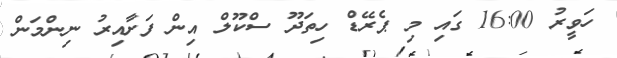
ހަވީރު 16:00 ގައި މި ޕެރޭޑް ހިތަދޫ ސްކޫލް އިން ފަށާއިރު ނިންމަން